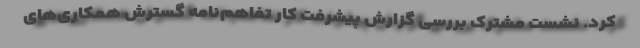
کرد. نشست مشترک بررسی گزارش پیشرفت کار تفاهم‌نامه‌ گسترش همکاری‌های